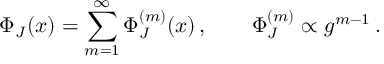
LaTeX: \Phi _ { J } ( x ) = \sum _ { m = 1 } ^ { \infty } \Phi _ { J } ^ { ( m ) } ( x ) \, , \qquad \Phi _ { J } ^ { ( m ) } \propto g ^ { m - 1 } \, .